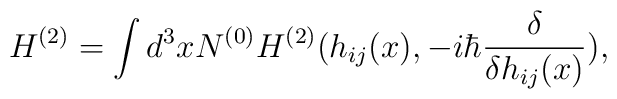
H^{(2)} = \int d^3xN^{(0)}H^{(2)}(h_{ij}(x), -i\hbar \frac{\delta}{\delta h_{ij}(x)}),